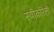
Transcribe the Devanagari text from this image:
स्वीकरिली